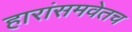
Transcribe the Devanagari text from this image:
हारांसमवेतच